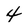
Character: 4